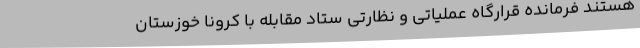
هستند فرمانده قرارگاه عملیاتی و نظارتی ستاد مقابله با کرونا خوزستان